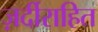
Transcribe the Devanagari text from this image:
ज़र्दीराहित